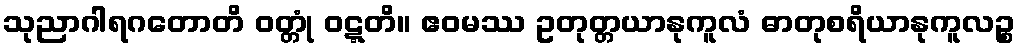
သုညာဂါရဂတောတိ ဝတ္တုံ ဝဋ္ဋတိ။ ဧဝမဿ ဥတုတ္တယာနုကူလံ ဓာတုစရိယာနုကူလဉ္စ